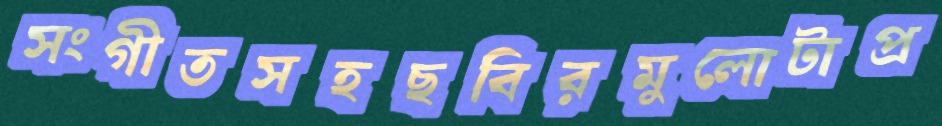
সংগীতসহছবিরমুলোটাপ্র